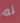
له